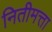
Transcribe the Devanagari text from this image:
नितीमत्ता